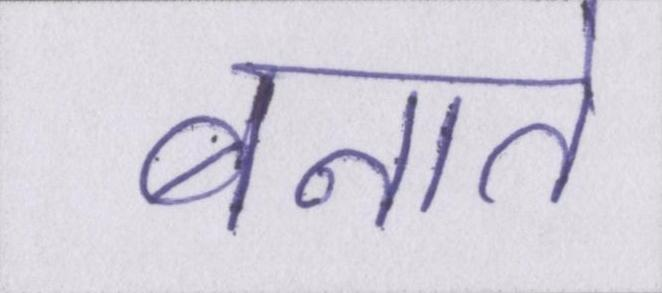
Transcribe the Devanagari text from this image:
बनाते